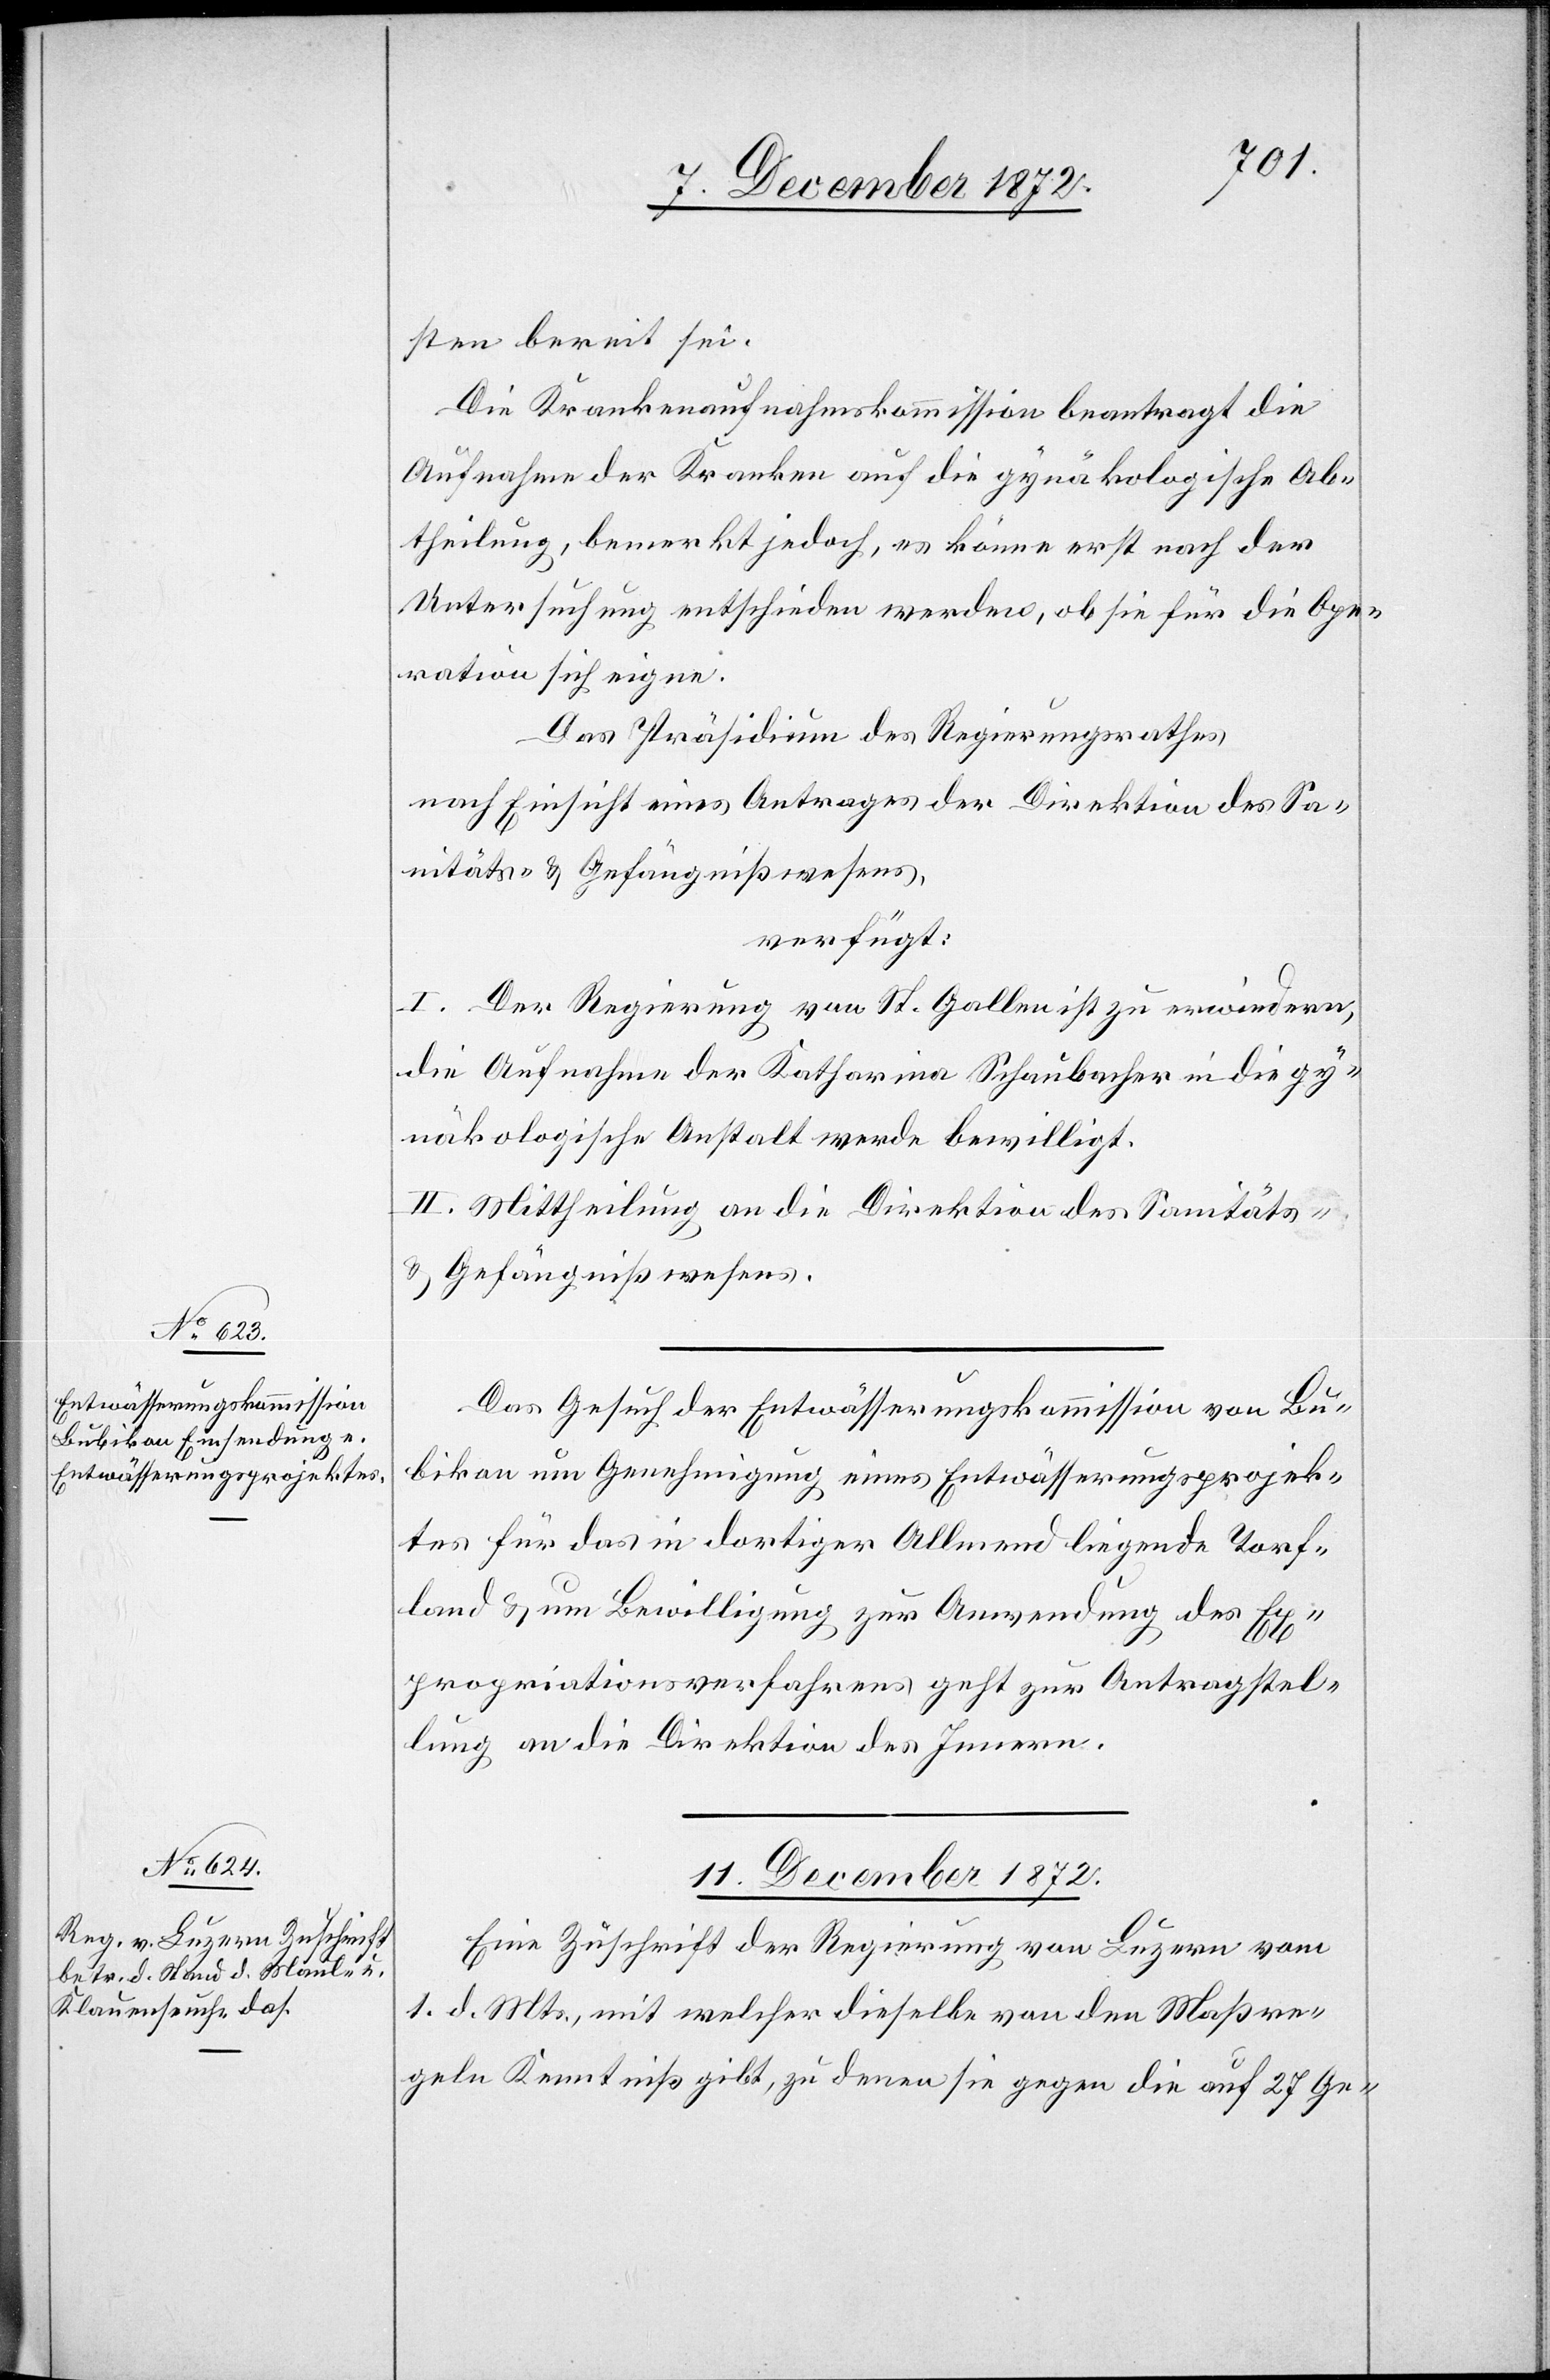
sten bereit sei.
Die Krankenaufnahmskommission beantragt die
Aufnahme der Kranken auf die gynäkologische Ab¬
theilung bemerkt jedoch, es könne erst nach der
Untersuchung entschieden werden, ob sie für die Ope¬
ration sich eigne.
Das Präsidium des Regierungsrathes
nach Einsicht eines Antrages der Direktion des Sa¬
nitäts- u. Gefängnißwesens,
verfügt:
I. Der Regierung von St. Gallen ist zu erwiedern,
die Aufnahme der Katharina Schaubacher in die gy¬
näkologische Anstalt werde bewilligt.
II. Mittheilung an die Direktion des Sanitäts-
u. Gefängnißwesens.
Das Gesuch der Entwässerungskommission von Bu¬
bikon um Genehmigung eines Entwässerungsprojek¬
tes für das in dortiger Allmend liegende Torf¬
land u. um Bewilligung zur Anwendung des Ex¬
propriationsverfahrens geht zur Antragstel¬
lung an die Direktion des Innern.
11. December 1872.
Eine Zuschrift der Regierung von Luzern vom
1. d. Mts., mit welcher dieselbe von den Maßre¬
geln Kenntniß gibt, zu denen sie gegen die auf 27 Ge-